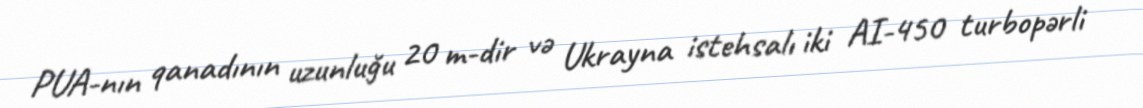
PUA-nın qanadının uzunluğu 20 m-dir və Ukrayna istehsalı iki AI-450 turbopərli